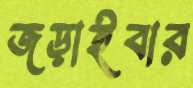
জড়াইবার